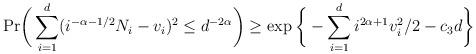
LaTeX: \begin{align*}\mathrm{Pr} \bigg{(}\sum_{i=1}^{d}(i^{-\alpha-1/2}N_{i}-v_{i})^{2}\leq d^{-2\alpha} \bigg{)}\geq \exp\bigg{\{}- \sum_{i=1}^{d}i^{2\alpha +1}v_{i}^{2} / 2 - c_{3} d \bigg{\}}\end{align*}